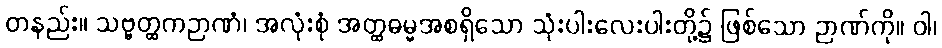
တနည်း။ သဗ္ဗတ္ထကဉာဏံ၊ အလုံးစုံ အတ္ထဓမ္မအစရှိသော သုံးပါးလေးပါးတို့၌ ဖြစ်သော ဉာဏ်ကို။ ဝါ၊